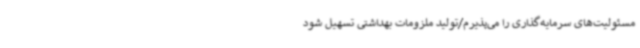
مسئولیت‌های سرمایه‌گذاری را می‌پذیرم/تولید ملزومات بهداشتی تسهیل شود